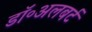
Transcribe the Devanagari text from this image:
डॉ॰अलबर्ट